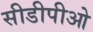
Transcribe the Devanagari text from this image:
सीडीपीओ